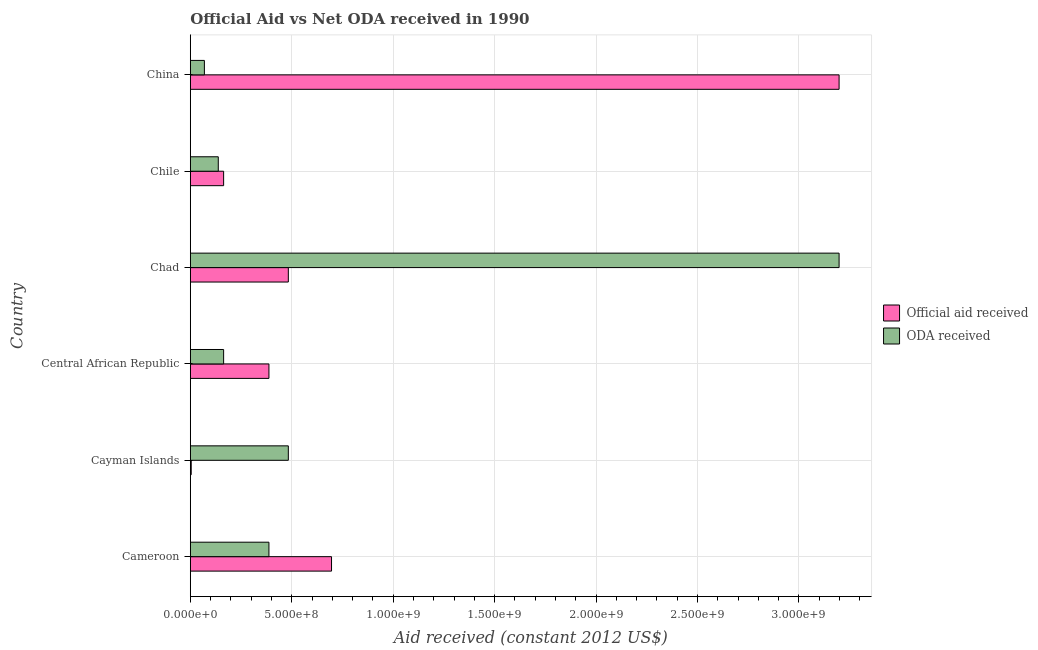
| Country | Official aid received | ODA received |
 | --- | --- | --- |
 | Cameroon | 6.96e+08 | 3.88e+08 |
 | Cayman Islands | 4.58e+06 | 4.83e+08 |
 | Central African Republic | 3.88e+08 | 1.64e+08 |
 | Chad | 4.83e+08 | 3.2e+09 |
 | Chile | 1.64e+08 | 1.38e+08 |
 | China | 3.2e+09 | 6.95e+07 |